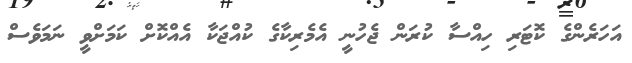
އަހަރެންގެ ކޮޓަރި ހިއްސާ ކުރަން ޖެހުނީ އެމެރިކާގެ ކުއްޖަކާ އެއްކޮށް ކަމަށްވީ ނަމަވެސް